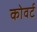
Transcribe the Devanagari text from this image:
कोवर्ट